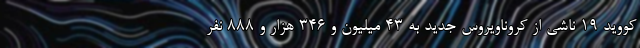
کووید ۱۹ ناشی از کروناویروس جدید به ۴۳ میلیون و ۳۴۶ هزار و ۸۸۸ نفر